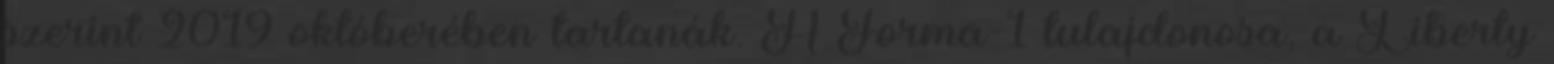
szerint 2019 októberében tartanák. A Forma-1 tulajdonosa, a Liberty